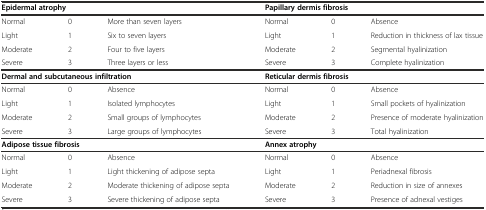
| <COLSPAN=3> Epidermal atrophy | <COLSPAN=3> Papillary dermis fibrosis |
 | --- | --- | --- | --- | --- | --- |
 | Normal | 0 | More than seven layers | Normal | 0 | Absence |
 | Light | 1 | Six to seven layers | Light | 1 | Reduction in thickness of lax tissue |
 | Moderate | 2 | Four to five layers | Moderate | 2 | Segmental hyalinization |
 | Severe | 3 | Three layers or less | Severe | 3 | Complete hyalinization |
 | <COLSPAN=3> Dermal and subcutaneous infiltration | <COLSPAN=3> Reticular dermis fibrosis |
 | Normal | 0 | Absence | Normal | 0 | Absence |
 | Light | 1 | Isolated lymphocytes | Light | 1 | Small pockets of hyalinization |
 | Moderate | 2 | Small groups of lymphocytes | Moderate | 2 | Presence of moderate hyalinization |
 | Severe | 3 | Large groups of lymphocytes | Severe | 3 | Total hyalinization |
 | <COLSPAN=3> Adipose tissue fibrosis | <COLSPAN=3> Annex atrophy |
 | Normal | 0 | Absence | Normal | 0 | Absence |
 | Light | 1 | Light thickening of adipose septa | Light | 1 | Periadnexal fibrosis |
 | Moderate | 2 | Moderate thickening of adipose septa | Moderate | 2 | Reduction in size of annexes |
 | Severe | 3 | Severe thickening of adipose septa | Severe | 3 | Presence of adnexal vestiges |